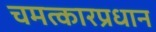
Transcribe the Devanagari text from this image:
चमत्कारप्रधान